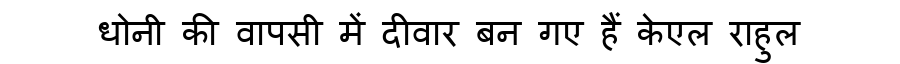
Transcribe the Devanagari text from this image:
धोनी की वापसी में दीवार बन गए हैं केएल राहुल